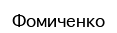
Фомиченко